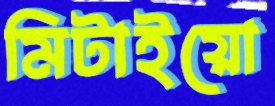
মিটাইয়ো